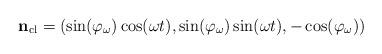
LaTeX: \begin{align*}{\bf n}_{\rm cl}= (\sin(\varphi_{\omega})\cos(\omega t),\sin(\varphi_{\omega})\sin(\omega t), -\cos(\varphi_{\omega})) \end{align*}